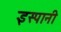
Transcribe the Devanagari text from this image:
इस्पानी